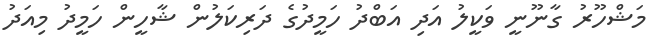
މަޝްހޫރު ގާނޫނީ ވަކީލު އަދި އަބްދު ހަމީދުގެ ދަރިކަލުން ޝާހީން ހަމީދު މިއަދު